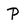
Character: P